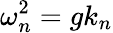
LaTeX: \omega_{n}^{2}=gk_{n}